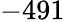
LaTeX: -491